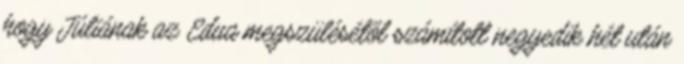
hogy Júliának az Edua megszülésétõl számított negyedik hét után